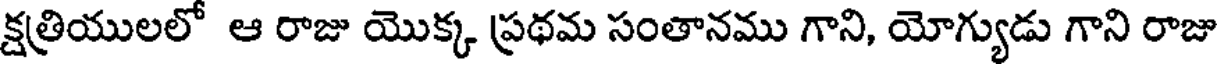
క్షత్రియులలో ఆ రాజు యొక్క ప్రథమ సంతానము గాని, యోగ్యుడు గాని రాజు